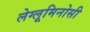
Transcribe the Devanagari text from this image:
लेग्लूमिनोसी